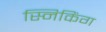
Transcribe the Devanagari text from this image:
स्निकिंग